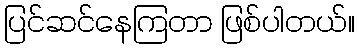
ပြင်ဆင်နေကြတာ ဖြစ်ပါတယ်။